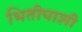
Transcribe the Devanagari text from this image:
भितीपाशी